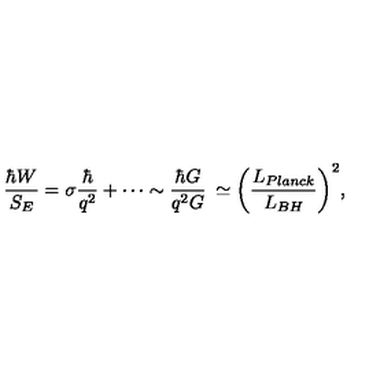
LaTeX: \frac { \hbar W } { S _ { E } } = \sigma \frac { \hbar } { q ^ { 2 } } + \cdots \sim \frac { \hbar G } { q ^ { 2 } G } \: \simeq \biggl ( \frac { L _ { P l a n c k } } { L _ { B H } } \biggr ) ^ { 2 } ,